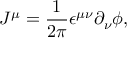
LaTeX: J ^ { \mu } = \frac { 1 } { 2 \pi } \epsilon ^ { \mu \nu } \partial _ { \nu } \phi ,